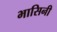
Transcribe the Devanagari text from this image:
भासिनी